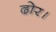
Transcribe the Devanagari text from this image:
ढोर।